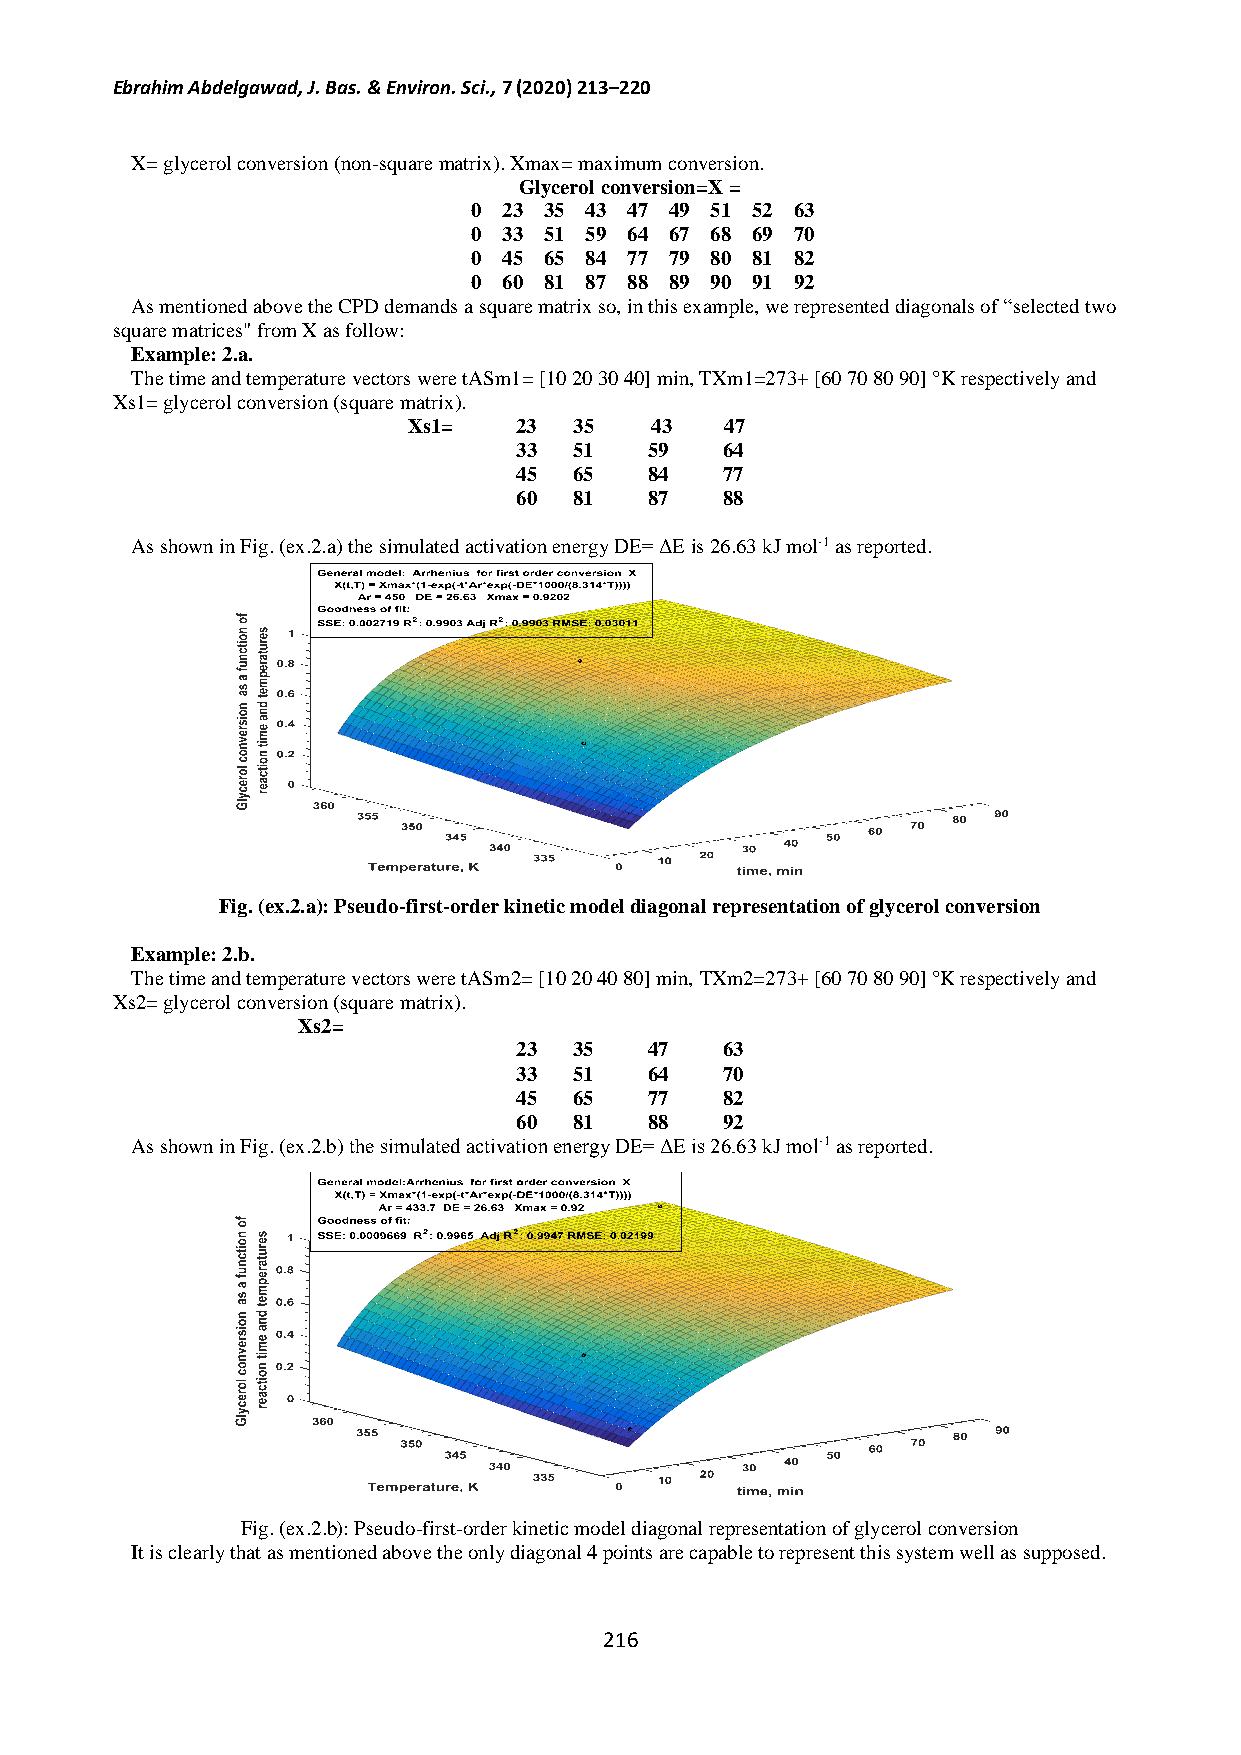
Ebrahim Abdelgawad, J. Bas. & Environ. Sci., 7 (2020) 213–220
 X= glycerol conversion (non-square matrix). Xmax= maximum conversion.
 Glycerol conversion=X =
 0 23 35 43 47 49 51 52 63
 0 33 51 59 64 67 68 69 70
 0 45 65 84 77 79 80 81 82
 0 60 81 87 88 89 90 91 92
 As mentioned above the CPD demands a square matrix so, in this example, we represented diagonals of “selected two
 square matrices" from X as follow:
 Example: 2.a.
 The time and temperature vectors were tASm1= [10 20 30 40] min, TXm1=273+ [60 70 80 90] °K respectively and
 Xs1= glycerol conversion (square matrix).
 Xs1=   23  35   43   47
 33  51   59   64
 45  65   84   77
 60  81   87   88
 As shown in Fig. (ex.2.a) the simulated activation energy DE= ΔE is 26.63 kJ mol-1 as reported.
 Fig. (ex.2.a): Pseudo-first-order kinetic model diagonal representation of glycerol conversion
 Example: 2.b.
 The time and temperature vectors were tASm2= [10 20 40 80] min, TXm2=273+ [60 70 80 90] °K respectively and
 Xs2= glycerol conversion (square matrix).
 Xs2=
 23  35   47   63
 33  51   64   70
 45  65   77   82
 60  81   88   92
 As shown in Fig. (ex.2.b) the simulated activation energy DE= ΔE is 26.63 kJ mol-1 as reported.
 Fig. (ex.2.b): Pseudo-first-order kinetic model diagonal representation of glycerol conversion
 It is clearly that as mentioned above the only diagonal 4 points are capable to represent this system well as supposed.
 216